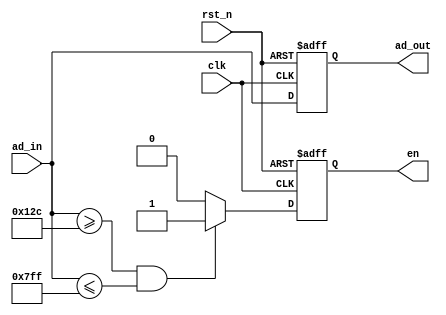
module ad (clk,rst_n,ad_in,en,ad_out);

input clk,rst_n;
input [11:0] ad_in;
output reg  en;
output reg [11:0] ad_out ;

always @(posedge clk or negedge rst_n)
begin
	if (!rst_n)
		ad_out <= 12'd0;
//	else if (ad_in <= 12'd2047)
//		ad_out <= ad_in;
	else 
		ad_out <= ad_in ;
end

always @(posedge clk or negedge rst_n)
begin
	if (!rst_n)
		en <= 1'b0;
	else if (ad_in >=12'd300 && ad_in <= 12'd2047)
		en <= 1'b1;
	else
		en <= 1'b0;
end

endmodule